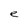
Character: e